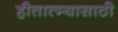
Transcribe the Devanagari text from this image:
हौतात्म्यासाठी